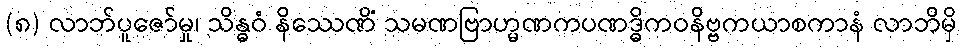
(၈) လာဘ်ပူဇော်မှု၊ သိန္ဓဝံ နိဿေဏိံ သမဏဗြာဟ္မဏကပဏဒ္ဓိကဝနိဗ္ဗကယာစကာနံ လာဘိမှိ